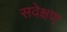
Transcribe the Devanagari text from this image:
सवेक्षण